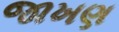
જાખણ